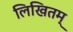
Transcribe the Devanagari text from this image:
लिखितम्